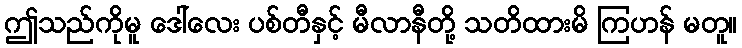
ဤသည်ကိုမူ ဒေါ်လေး ပစ်တီနှင့် မီလာနီတို့ သတိထားမိ ကြဟန် မတူ။